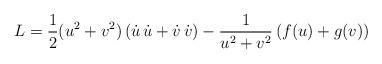
LaTeX: \begin{align*}L = \displaystyle\frac{1}{2} (u^2+v^2) \left( \dot{u} \, \dot{u} +\dot{v} \, \dot{v} \right)-\displaystyle\frac{1}{u^2+v^2} \left( f(u)+g(v) \right)\end{align*}